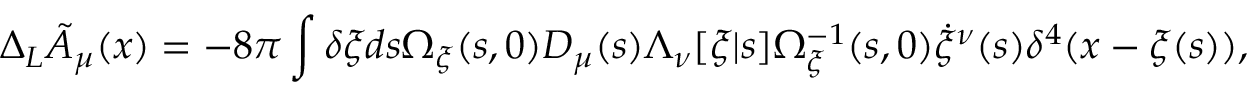
\Delta _ { L } { \tilde { A } } _ { \mu } ( x ) = - 8 \pi \int \delta \xi d s \Omega _ { \xi } ( s , 0 ) { \cal D } _ { \mu } ( s ) \Lambda _ { \nu } [ \xi | s ] \Omega _ { \xi } ^ { - 1 } ( s , 0 ) \dot { \xi } ^ { \nu } ( s ) \delta ^ { 4 } ( x - \xi ( s ) ) ,